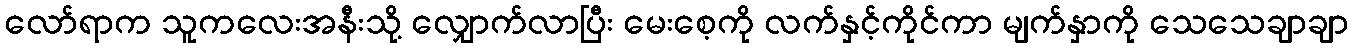
လော်ရာက သူကလေးအနီးသို့ လျှောက်လာပြီး မေးစေ့ကို လက်နှင့်ကိုင်ကာ မျက်နှာကို သေသေချာချာ